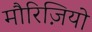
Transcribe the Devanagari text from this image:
मौरिज़ियो